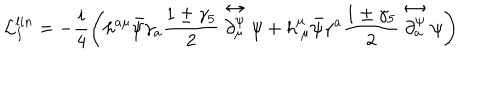
\mathcal { L } _ { I } ^ { l i n } = - \frac { i } { 4 } \left( h ^ { a \mu } \bar { \psi } \gamma _ { a } \frac { 1 \pm \gamma _ { 5 } } { 2 } \stackrel { \leftrightarrow } { \partial _ { \mu } ^ { \psi } } \psi + h _ { \ \mu } ^ { \mu } \bar { \psi } \gamma ^ { a } \frac { 1 \pm \gamma _ { 5 } } { 2 } \stackrel { \leftrightarrow } { \partial _ { a } ^ { \psi } } \psi \right)